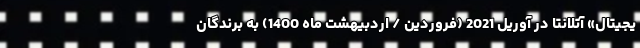
یجیتال» آتلانتا در آوریل 2021 (فروردین / اردبیهشت ماه 1400) به برندگان